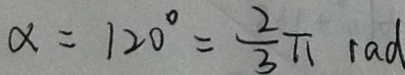
\alpha = 1 2 0 ^ { \circ } = \frac { 2 } { 3 } \pi r a d